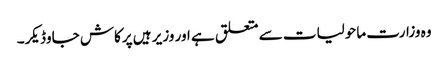
وہ وزارت ماحولیات سے متعلق ہے اور وزیر ہیں پرکاش جاوڈیکر۔